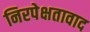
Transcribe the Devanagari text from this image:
निरपेक्षतावाद